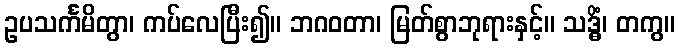
ဥပသင်္ကမိတွာ၊ ကပ်လေပြီး၍။ ဘဂဝတာ၊ မြတ်စွာဘုရားနှင့်။ သဒ္ဓိံ၊ တကွ။